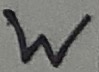
Text: W